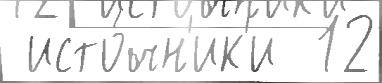
 исто́чн'ик'и  12